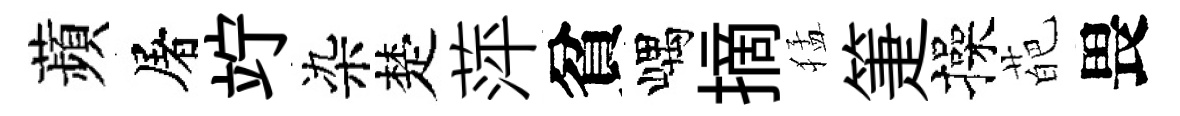
蘋屠竚染楚萍貧嵎摘猛箑操葩畏